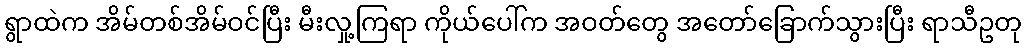
ရွာထဲက အိမ်တစ်အိမ်ဝင်ပြီး မီးလှု့ကြရာ ကိုယ်ပေါ်က အဝတ်တွေ အတော်ခြောက်သွားပြီး ရာသီဥတု